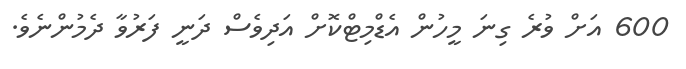
600 އަށް ވުރެ ގިނަ މީހުން އެޑްމިޓްކޮށް އަދިވެސް ދަނީ ފަރުވާ ދެމުންނެވެ.